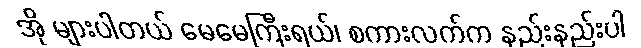
အို များပါတယ် မေမေကြီးရယ်၊ စကားလက်က နည်းနည်းပါ